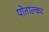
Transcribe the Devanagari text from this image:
पोताल्का